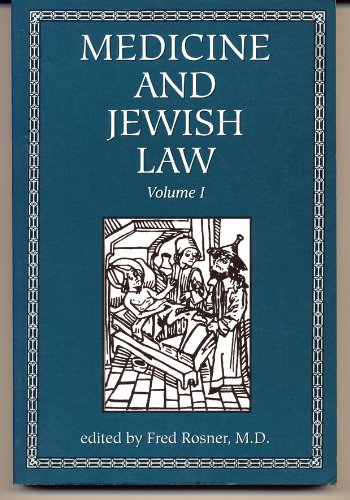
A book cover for Medicine and Jewish Law (Medicine & Jewish Law); Fred Rosner; Religion & Spirituality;